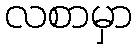
လစာမှာ